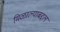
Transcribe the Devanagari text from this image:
मिळाल्याबद्दल